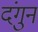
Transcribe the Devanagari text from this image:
दंगुन